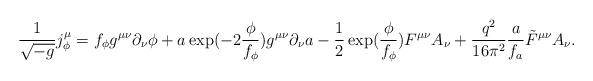
LaTeX: \begin{align*}\frac{1}{\sqrt{-g}}j^\mu_\phi=f_\phi g^{\mu\nu}\partial_\nu\phi +a\exp(-2\frac{\phi}{f_\phi})g^{\mu\nu}\partial_\nu a-\frac{1}{2}\exp(\frac{\phi}{f_\phi})F^{\mu\nu}A_\nu+\frac{q^2}{16\pi^2}\frac{a}{f_a}\tilde{F}^{\mu\nu}A_\nu.\end{align*}